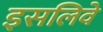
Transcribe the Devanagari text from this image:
इसलिवे